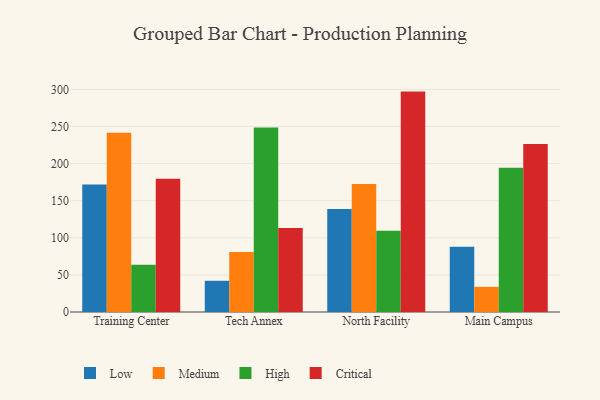
{"axis": {"x": "Campus", "y": "Revenue (USD Million)"}, "legend": ["Critical", "High", "Low", "Medium"], "data": [{"x": "Training Center", "y": 171.7, "type": "Low"}, {"x": "Training Center", "y": 241.4, "type": "Medium"}, {"x": "Training Center", "y": 63.6, "type": "High"}, {"x": "Training Center", "y": 179.5, "type": "Critical"}, {"x": "Tech Annex", "y": 42.1, "type": "Low"}, {"x": "Tech Annex", "y": 80.8, "type": "Medium"}, {"x": "Tech Annex", "y": 248.5, "type": "High"}, {"x": "Tech Annex", "y": 113.1, "type": "Critical"}, {"x": "North Facility", "y": 138.8, "type": "Low"}, {"x": "North Facility", "y": 172.6, "type": "Medium"}, {"x": "North Facility", "y": 109.5, "type": "High"}, {"x": "North Facility", "y": 297.0, "type": "Critical"}, {"x": "Main Campus", "y": 88.0, "type": "Low"}, {"x": "Main Campus", "y": 33.9, "type": "Medium"}, {"x": "Main Campus", "y": 194.4, "type": "High"}, {"x": "Main Campus", "y": 226.3, "type": "Critical"}]}